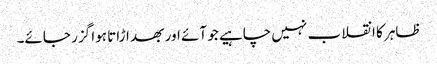
ظاہر کا انقلاب نہیں چاہیے جو آئے اور بھد اڑاتا ہوا گزر جائے۔